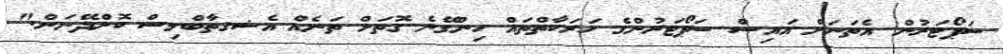
ސަޕޯޓަރުން އެތަނަށް އައިސް ސަޕޯޓަރުންގެ ހަރަކާތްތައް ހިންގޭނެ ގޮތަށް ތަނެއް އެޝޤތާބްލިސް ކޮށްދޭނަން."